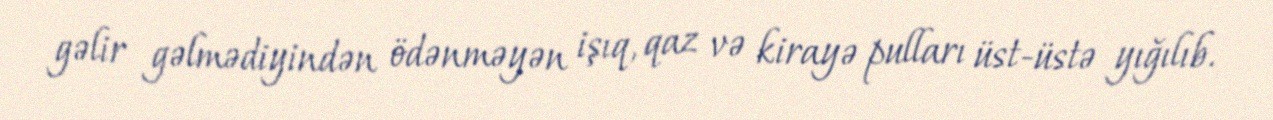
gəlir gəlmədiyindən ödənməyən işıq, qaz və kirayə pulları üst-üstə yığılıb.